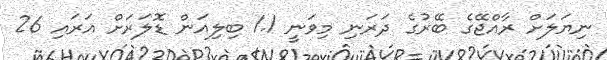
ނިޔަލަށް ރާއްޖޭގެ ބޭރުގެ ދަރަނި މިވަނީ 1.1 ބިލިއަން ޑޮލަރަށް އަރައި 26